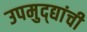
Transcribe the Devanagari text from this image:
उपमुद्द्यांची